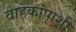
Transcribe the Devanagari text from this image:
वाहकांपाशी